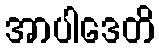
အာပါဒေတိ